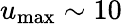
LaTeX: u_{\mathrm{max}}\sim 10